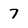
Character: 7